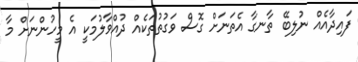
ފައިދާއެއް ނުލިބޭ ތާނގާ އެތަނަށް ގޮސް ވަގުތުތަކެއް ދުއްވާލުމަކީ އެ މީހުންނަށް މާ